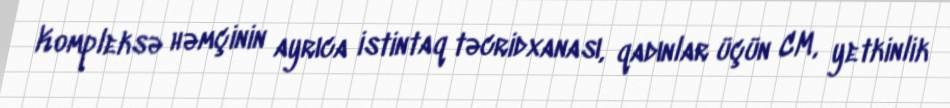
Kompleksə həmçinin ayrıca istintaq təcridxanası, qadınlar üçün CM, yetkinlik